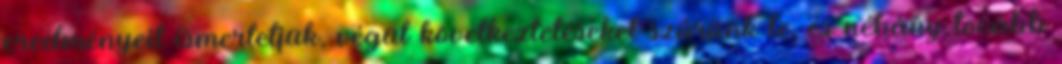
eredményeit ismertetjük, végül következtetéseket szűrünk le, és néhány tovább